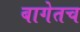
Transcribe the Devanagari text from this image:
बागेतच